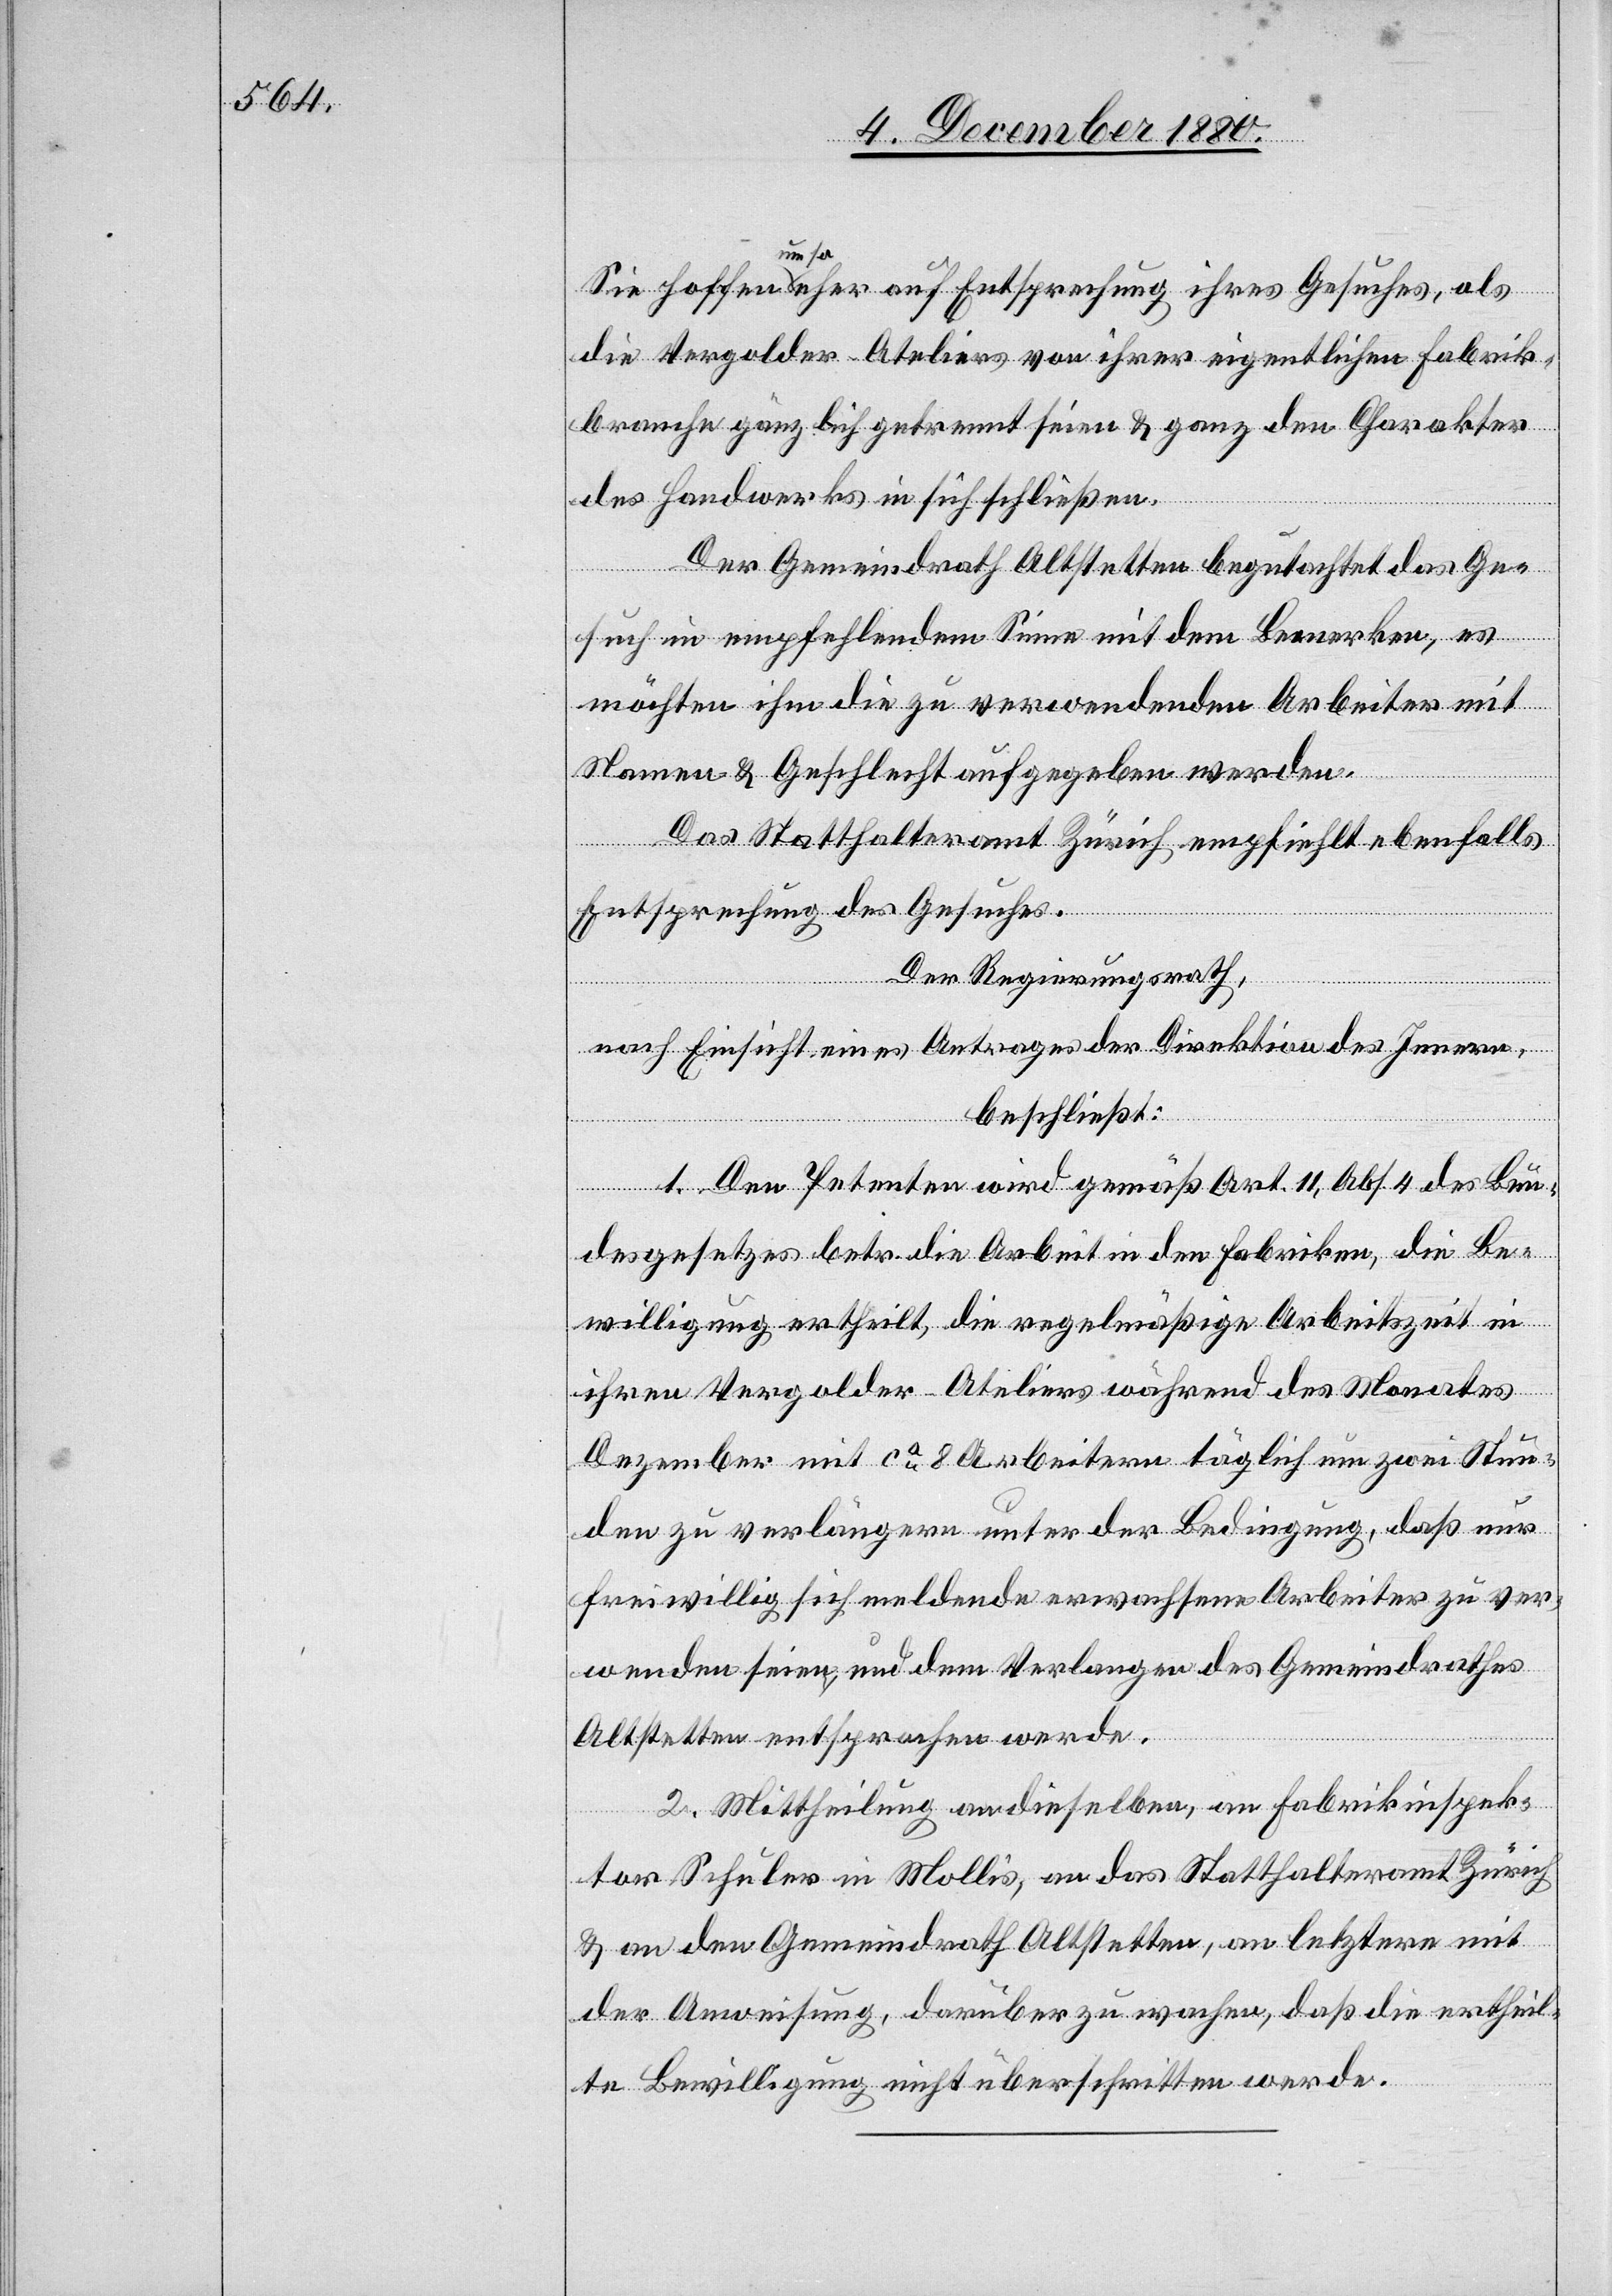
Sie hoffen um so eher auf Entsprechung ihres Gesuches, als
die Vergolder-Ateliers von ihrer eigentlichen Fabrik¬
branche gänzlich getrennt seien & ganz den Charakter
des Handwerkes in sich schließen.
Der Gemeindrath Altstetten begutachtet das Ge¬
such in empfehlendem Sinne mit dem Bemerken, es
möchten ihm die zu verwendenden Arbeiter mit
Namen & Gesellschaft aufgegeben werden.
Das Statthalteramt Zürich empfiehlt ebenfalls
Entsprechung des Gesuches.
Der Regierungsrath,
nach Einsicht eines Antrages der Direktion des Innern,
beschließt:
1. Den Petenten wird gemäß Art. 11, Abs. 4 des Bun¬
desgesetzes betr. die Arbeit in den Fabriken, die Be¬
willigung ertheilt, die regelmäßige Arbeitszeit in
ihren Vergolder-Ateliers während des Monates
Dezember mit ca 8 Arbeitern täglich um zwei Stun¬
den zu verlängern unter der Bedingung, daß nur
freiwillig sich meldende erwachsene Arbeiter zu ver¬
wenden seien und dem Verlangen des Gemeindrathes
Altstetten entsprochen werde.
2. Mittheilung an dieselben, an Fabrikinspek¬
tor Schuler in Mollis, an das Statthalteramt Zürich
& an den Gemeindrath Altstetten, an letztere mit
der Anweisung, darüber zu wachen, daß die ertheil¬
te Bewilligung nicht überschritten werde.